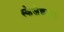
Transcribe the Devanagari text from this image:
स्केजेक्वादा